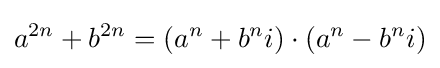
a^{2n}+b^{2n}=(a^{n}+b^{n}i)\cdot (a^{n}-b^{n}i)